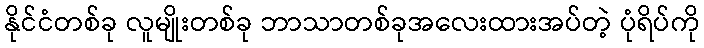
နိုင်ငံတစ်ခု လူမျိုးတစ်ခု ဘာသာတစ်ခုအလေးထားအပ်တဲ့ ပုံရိပ်ကို